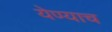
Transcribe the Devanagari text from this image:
येण्याच